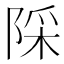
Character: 𨺉